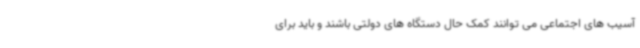
آسیب های اجتماعی می توانند کمک حال دستگاه های دولتی باشند و باید برای